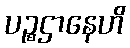
ပဉ္စဌာနေဟိ